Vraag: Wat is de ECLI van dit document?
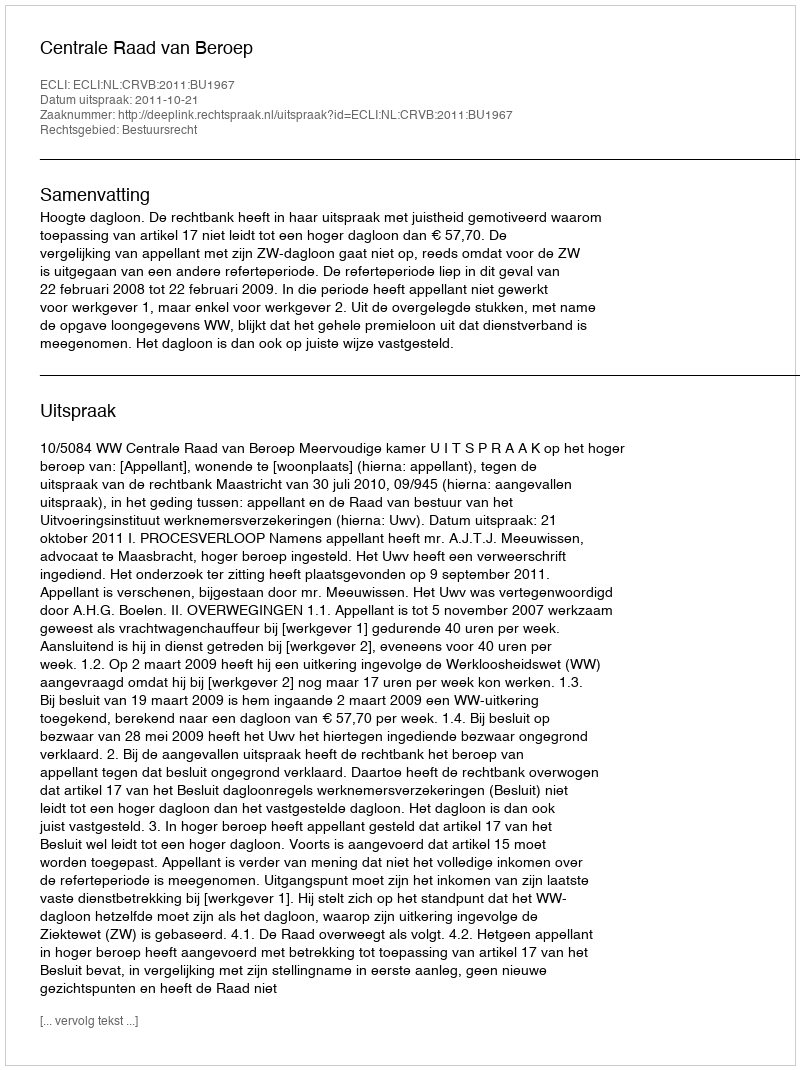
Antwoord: ECLI:NL:CRVB:2011:BU1967